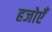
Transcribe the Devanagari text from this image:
हजोएँ